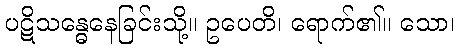
ပဋိသန္ဓေနေခြင်းသို့။ ဥပေတိ၊ ရောက်၏။ သော၊